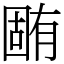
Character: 𣎏